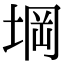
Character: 堈